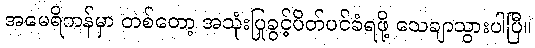
အမေရိကန်မှာ တစ်တော့ အသုံးပြုခွင့်ပိတ်ပင်ခံရဖို့ သေချာသွားပါပြီ။